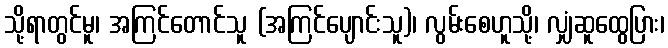
သို့ရာတွင်မူ၊ အကြင်တောင်သူ (အကြင်ပျောင်းသူ)၊ လွမ်းစေဟူသို့၊ လျှံဆူထွေပြား၊